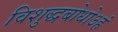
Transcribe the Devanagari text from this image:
विशुद्धबोधोऽहं